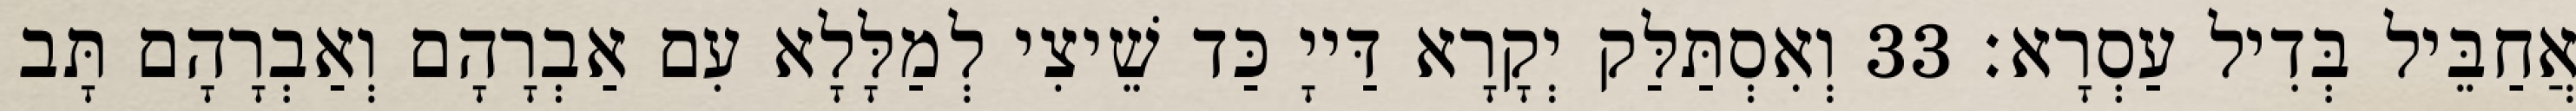
אֲחַבֵּיל בְּדִיל עַסְרָא׃ 33 וְאִסְתַּלַּק יְקָרָא דַּייָ כַּד שֵׁיצִי לְמַלָּלָא עִם אַבְרָהָם וְאַבְרָהָם תָּב